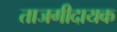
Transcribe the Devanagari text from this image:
ताजगीदायक